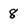
Character: 8